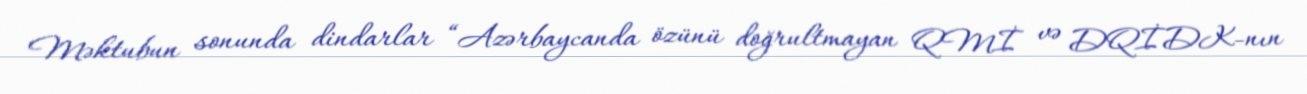
Məktubun sonunda dindarlar “Azərbaycanda özünü doğrultmayan QMİ və DQİDK-nın